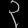
Digit: ၃